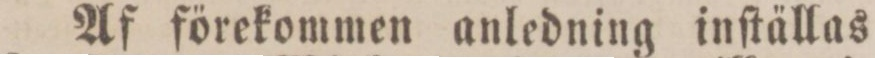
Af förekommen anledning inſtällas